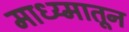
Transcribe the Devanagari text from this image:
माध्य्मातून